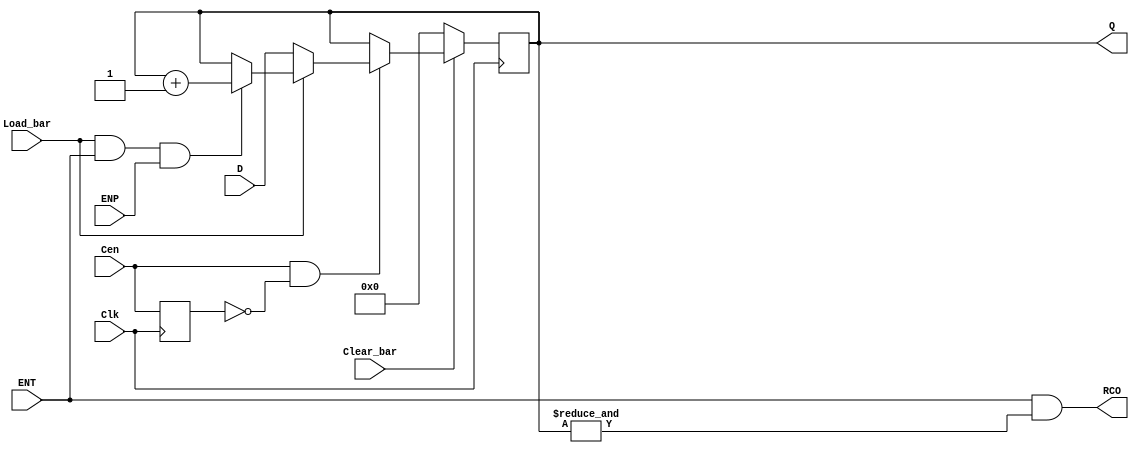
  // 4-bit modulo 16 binary counter with parallel load, 
//*** FOR SYNTHESIS ***
//Asynchronous Reset (MRn) -> LS163A
//<START_TEMPLATE>
//ttl_74161a #(.DELAY_RISE(20), .DELAY_FALL(25)) <NAME> (.Clear_bar(), .Load_bar(), .ENT(), .ENP(), .D(), .Clk(), .RCO(), .Q());
//<END_TEMPLATE>
//
//tP_clk2tc = 19ns min, 25ns max
//tP_clk2q =  15ns min, 25ns max
//20,25
`default_nettype none
`timescale 1ns/1ps

module ttl_74161_sync #(parameter WIDTH = 4)
(
  input wire Clk, //2
  input wire Clear_bar, //1 ASYNCHRONOUS
  input wire Load_bar, //9
  input wire ENT, //7
  input wire ENP, //10
  input wire [WIDTH-1:0] D, //D 6, C 5, B 4, A 3 
  input wire Cen, //Clock enable signal and trigger
  output wire RCO, //15
  output wire [WIDTH-1:0] Q //QD 11, QC 12, QB 13, QA 14
);
//------------------------------------------------//
wire RCO_current;
reg [WIDTH-1:0] Q_current;
wire [WIDTH-1:0] Q_next;
reg last_cen;
reg load_reg;

initial Q_current = {WIDTH{1'b0}};

assign Q_next = Q_current + {{(WIDTH-1){1'b0}}, 1'b1};

always @(posedge Clk)
begin
	last_cen <= Cen;

	if (!Clear_bar)  begin //pseudo asynchronous clear
			Q_current <= {WIDTH{1'b0}};
		end 
	else if (Cen && !last_cen) begin //rising edge
		if (!Load_bar) begin
			Q_current <= D;
		end
		else if (Load_bar && ENT && ENP) begin
			Q_current <= Q_next;
		end
	end
end
  
// output
assign RCO_current = ENT && (&Q_current);
//------------------------------------------------//
assign RCO = RCO_current;
assign Q = Q_current;

endmodule